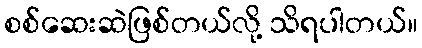
စစ်ဆေးဆဲဖြစ်တယ်လို့ သိရပါတယ်။